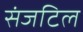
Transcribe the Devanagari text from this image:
संजटिल